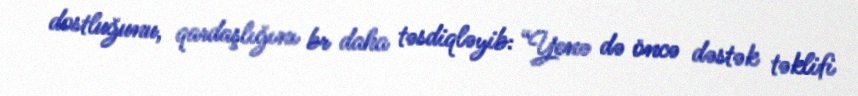
dostluğunu, qardaşlığını br daha təsdiqləyib: “Yenə də öncə dəstək təklifi